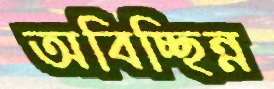
অবিচ্ছিন্ন